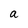
Character: a